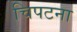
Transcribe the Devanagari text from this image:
चिपटना